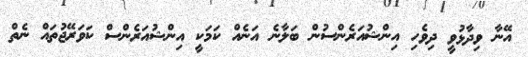
އޭނާ ވިދާޅުވީ ދިވެހި އިންޝުއަރެންސުން ބަލާނެ އަނެއް ކަމަކީ އިންޝުއަރެންސް ކަވަރޭޖުތައް ނެތް